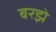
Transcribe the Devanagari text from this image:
बरझे